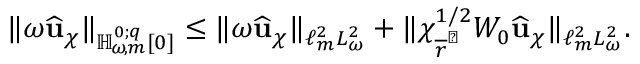
\lVert \omega \widehat { \mathbf { u } } _ { \chi } \rVert _ { { \mathbb { H } _ { \! \omega \! , m } ^ { 0 ; { q } } } [ 0 ] } \leq \lVert \omega \widehat { \mathbf { u } } _ { \chi } \rVert _ { \ell _ { m } ^ { 2 } L _ { \omega } ^ { 2 } } + \lVert \chi _ { \overline { { r } } ^ { \sharp } } ^ { 1 / 2 } W _ { 0 } \widehat { \mathbf { u } } _ { \chi } \rVert _ { \ell _ { m } ^ { 2 } L _ { \omega } ^ { 2 } } .